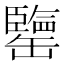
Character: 𦉞